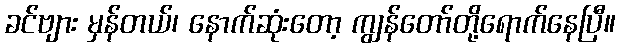
ခင်ဗျား မှန်တယ်၊ နောက်ဆုံးတော့ ကျွန်တော်တို့ရောက်နေပြီ။